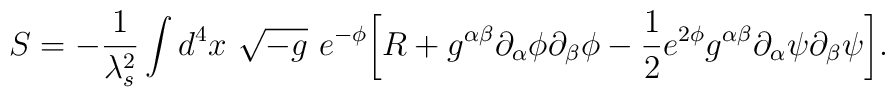
S= - \frac{1}{\lambda^2_{s}}\int d^4 x ~\sqrt{-g} ~e^{-\phi} \biggl[ R + g^{\alpha\beta}\partial_{\alpha}\phi\partial_{\beta} \phi - \frac{1}{2} e^{2 \phi} g^{\alpha\beta}\partial_{\alpha}\psi\partial_{\beta}\psi \biggr].